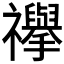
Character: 𮂥